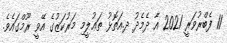
11 ފެބްރުވަރީ 2021 އާ ދެމެދު ދ.އަތޮޅު ތަޢުލީމި މަރުކަޒުގެ އޭވީ ރޫމްގައެވެ.